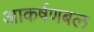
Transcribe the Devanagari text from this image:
आकर्षणबल